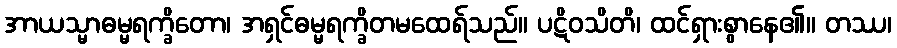
အာယသ္မာဓမ္မရက္ခိတော၊ အရှင်ဓမ္မရက္ခိတမထေရ်သည်။ ပဋိဝသိတိ၊ ထင်ရှားစွာနေ၏။ တဿ၊